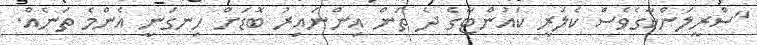
"ސްރީލަންކާގެވެސް ކެލަރީ ކައުންޓާގެ ދެ ތަން އިންނައިރު ބޮޑަށް ހިނގަނީ އެންމެ ތަނެއް.